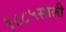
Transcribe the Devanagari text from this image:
१८८५साली